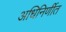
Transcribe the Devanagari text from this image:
अधिनिर्णीत